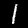
Digit: 1